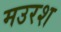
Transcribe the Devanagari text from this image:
मउरश